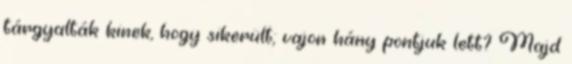
tárgyalták kinek, hogy sikerült; vajon hány pontjuk lett? Majd